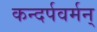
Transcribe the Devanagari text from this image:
कन्दर्पवर्मन्